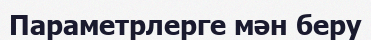
Параметрлерге мән беру